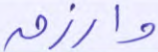
وارزق